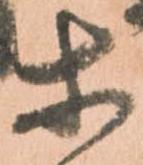
等